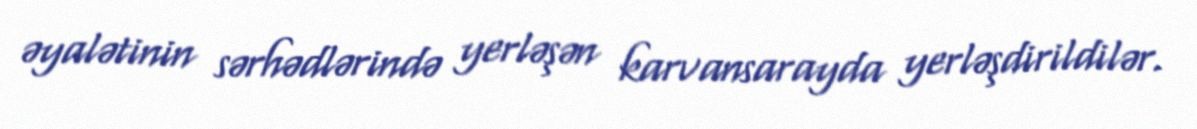
əyalətinin sərhədlərində yerləşən karvansarayda yerləşdirildilər.